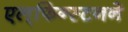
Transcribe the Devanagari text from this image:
एल्‌फिन्स्टनने